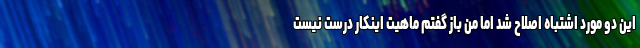
این دو مورد اشتباه اصلاح شد اما من باز گفتم ماهیت اینکار درست نیست